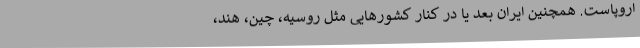
اروپاست. همچنین ایران بعد یا در کنار کشورهایی مثل روسیه، چین، هند،